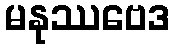
မနုဿဗေဒ